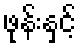
ဖုန်းနှင့်